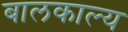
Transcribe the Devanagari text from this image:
बालकाल्य